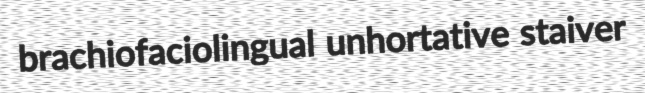
brachiofaciolingual unhortative staiver